Report on vaccination in Madras 1904-1921 - 1904-1921
Year: 1904
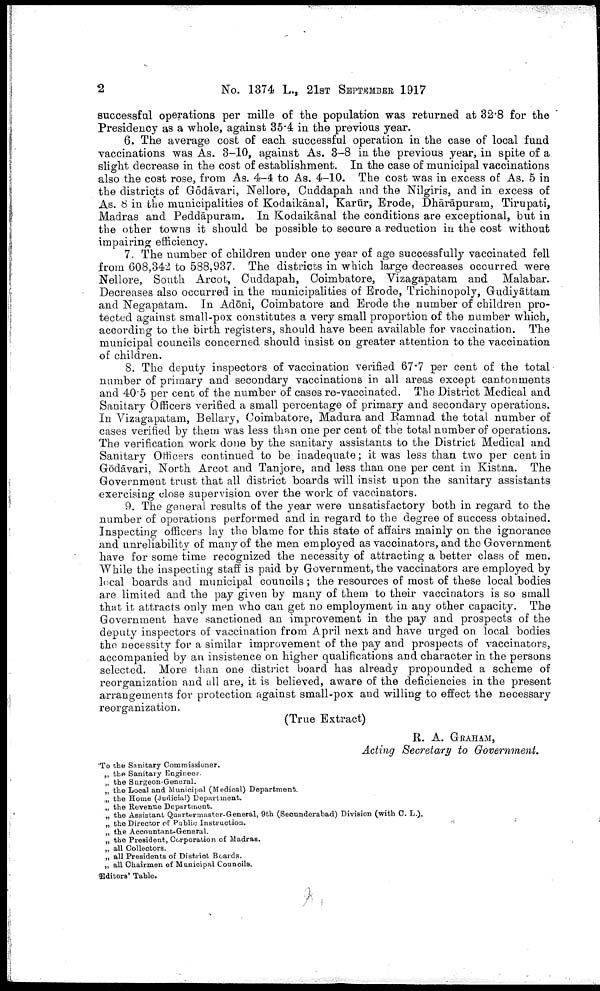
2
No. 1374 L., 21ST SEPTEMBER 1917
successful operations per mille of the population was returned at 32.8 for the
Presidency as a whole, against 35.4 in the previous year.
6. The average cost of each successful operation in the case of local fund
vaccinations was As. 3-10, against As. 3-8 in the previous year, in spite of a
slight decrease in the cost of establishment. In the case of municipal vaccinations
also the cost rose, from As. 4-4 to As. 4-10. The cost was in excess of As. 5 in
the districts of Gōdāvari, Nellore, Cuddapah and the Nilgiris, and in excess of
As. 8 in the municipalities of Kodaikānal, Karūr, Erode, Dhārāpurain, Tirupati,
Madras and Peddāpuram. In Kodaikānal the conditions are exceptional, but in
the other towns it should be possible to secure a reduction in the cost without
impairing efficiency.
7. The number of children under one year of age successfully vaccinated fell
from 608,342 to 588,937. The districts in which large decreases occurred were
Nellore, South Arcot, Cuddapah, Coimbatore, Vizagapatam and Malabar.
Decreases also occurred in the municipalities of Erode, Trichinopoly, Gudiyāttam
and Negapatam. In Adōni, Coimbatore and Erode the number of children pro
tected against small-pox constitutes a very small proportion of the number which,
according to the birth registers, should have been available for vaccination. The
municipal councils concerned should insist on greater attention to the vaccination
of children.
8. The deputy inspectors of vaccination verified 67.7 per cent of the total
number of primary and secondary vaccinations in all areas except cantonments
and 40.5 per cent of the number of cases re-vaccinated. The District Medical and
Sanitary Officers verified a small percentage of primary and secondary operations.
In Vizagapatam, Bellary, Coimbatore, Madura and Ramnad the total number of
cases verified by them was less than one per cent of the total number of operations.
The verification work done by the sanitary assistants to the District Medical and
Sanitary Officers continued to be inadequate; it was less than two per cent in
Gōdāvari, North Arcot and Tanjore, and less than one per cent in Kistna. The
Government trust that all district boards will insist upon the sanitary assistants
exercising close supervision over the work of vaccinators.
9. The general results of the year were unsatisfactory both in regard to the
number of operations performed and in regard to the degree of success obtained.
Inspecting officers lay the blame for this state of affairs mainly on the ignorance
and unreliability of many of the men employed as vaccinators, and the Government
have for some time recognized the necessity of attracting a better class of men.
While the inspecting staff is paid by Government, the vaccinators are employed by
local boards and municipal councils; the resources of most of these local bodies
are limited and the pay given by many of them to their vaccinators is so small
that it attracts only men who can get no employment in any other capacity. The
Government have sanctioned an improvement in the pay and prospects of the
deputy inspectors of vaccination from April next and have urged on local bodies
the necessity for a similar improvement of the pay and prospects of vaccinators,
accompanied by an insistence on higher qualifications and character in the persons
selected. More than one district board has already propounded a scheme of
reorganization and all are, it is believed, aware of the deficiencies in the present
arrangements for protection against small-pox and willing to effect the necessary
reorganization.
(True Extract)
R. A. GRAHAM,
Acting Secretary to Government.
To the Sanitary Commissioner.
„ the Sanitary Engineer.
„ the Surgeon-General.
„ the Local and Municipal (Medical) Department.
„ the Home (Judicial) Department.
„ the Revenue Department.
„ the Assistant Quartermaster-General, 9th (Secunderabad) Division (with C. L.).
„ the Director of Public Instruction.
„ the Accountant-General.
„ the President, Corporation of Madras.
„ all Collectors.
„ all Presidents of District Boards.
„ all Chairmen of Municipal Councils.
Editors' Table.